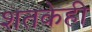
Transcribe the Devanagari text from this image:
शतकेही